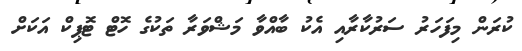
ކުރަން މިފަހަރު ސަރުކާރާއި އެކު ބާއްވާ މަޝްވަރާ ތަކުގެ ހޮޓް ޓޮޕިކް އަކަށް